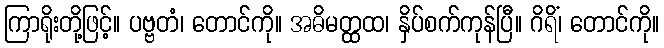
ကြာရိုးတို့ဖြင့်။ ပဗ္ဗတံ၊ တောင်ကို။ အဓိမတ္ထထ၊ နှိပ်စက်ကုန်ပြီ။ ဂိရိံ၊ တောင်ကို။